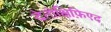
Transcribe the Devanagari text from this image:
देतोक्षिफ़िएद